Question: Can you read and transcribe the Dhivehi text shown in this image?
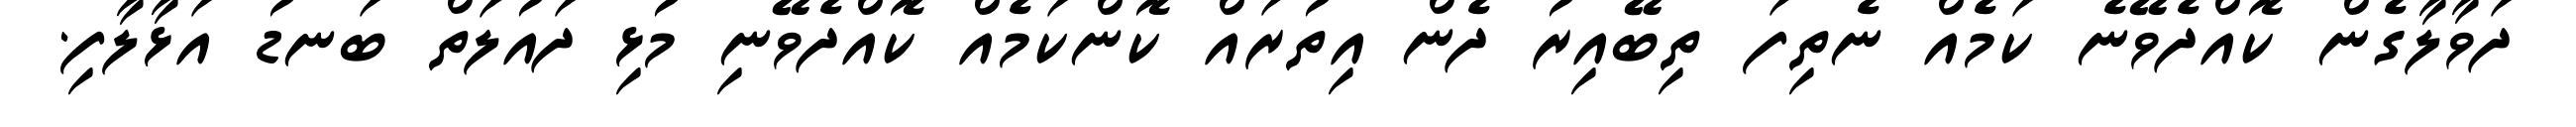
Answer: ދަވާލާގެން ކޮއްދެވޭނެ ކަމެއް ނެތިފަ ތިބޭއިރު ދެން އިތުރައް ކޮންކަމެއް ކޮއްދެވޭނި މުޅި ދައުލަތް ބަނޑު އަޅާލާފި.